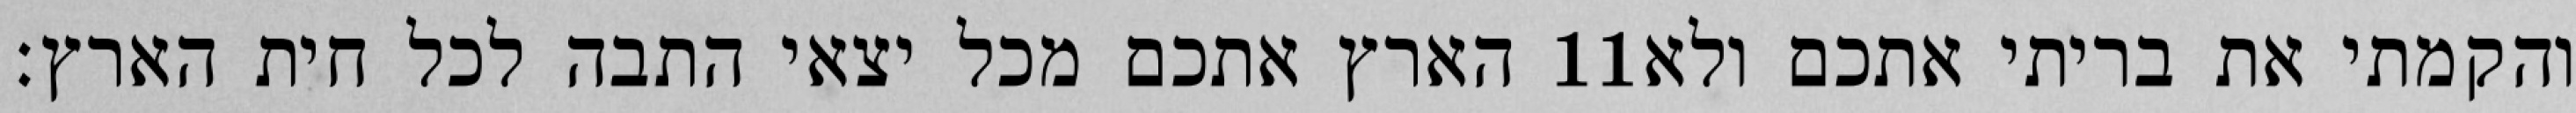
הארץ אתכם מכל יצאי התבה לכל חית הארץ׃ ‎11‏ והקמתי את בריתי אתכם ולא